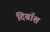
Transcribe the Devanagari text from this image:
दिबॉश